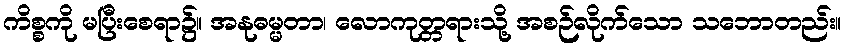
ကိစ္စကို မပြီးစေရာ၌။ အနုဓမ္မတာ၊ လောကုတ္တရားသို့ အစဉ်လိုက်သော သဘောတည်း။